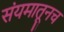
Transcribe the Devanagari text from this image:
संयमातूनच